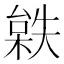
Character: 𣗻